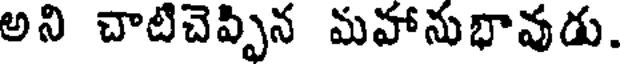
అని చాటిచెప్పిన మహానుభావుడు.